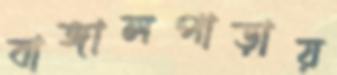
বাঙ্গালপাড়ায়